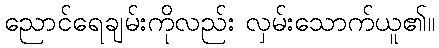
ညောင်ရေချမ်းကိုလည်း လှမ်းသောက်ယူ၏။